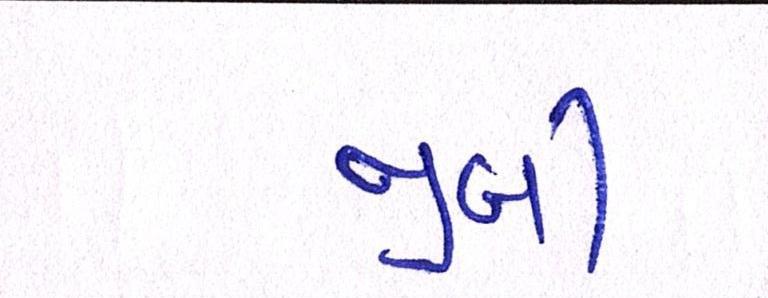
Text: જીબી